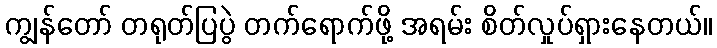
ကျွန်တော် တရုတ်ပြပွဲ တက်ရောက်ဖို့ အရမ်း စိတ်လှုပ်ရှားနေတယ်။